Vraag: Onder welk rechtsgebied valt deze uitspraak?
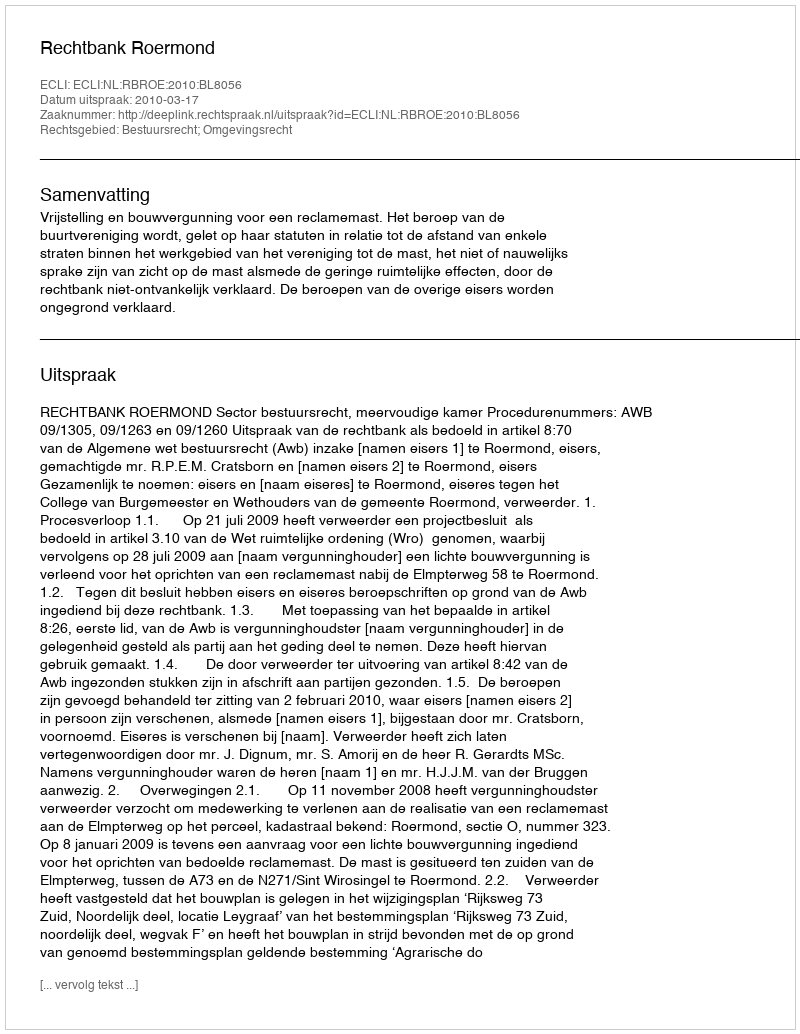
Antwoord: Bestuursrecht; Omgevingsrecht